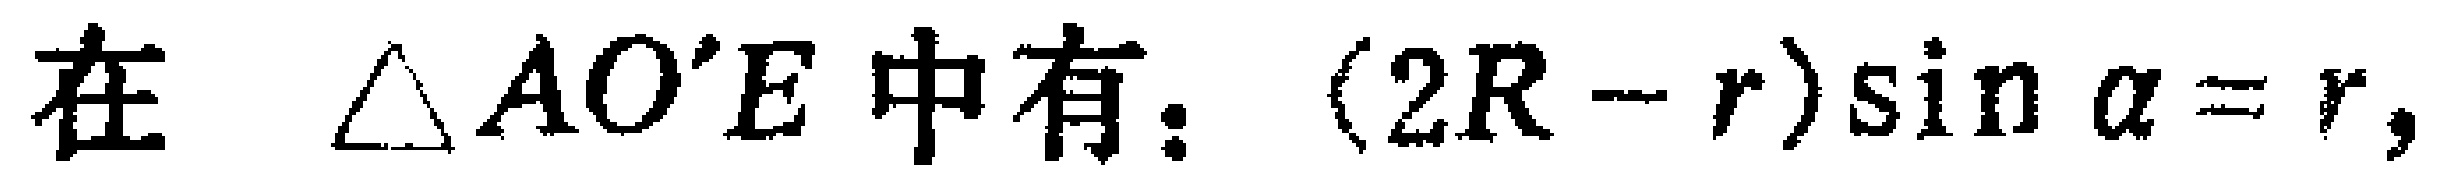
在 $\triangle AO'E$ 中有：$(2R - r)\sin\alpha = r,$